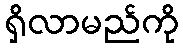
ရှိလာမည်ကို